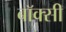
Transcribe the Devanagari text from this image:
बॉक्सी